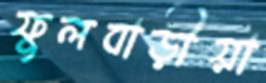
ফুলবাড়ীয়া